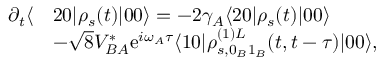
\begin{array} { r l } { \partial _ { t } \langle } & { 2 0 | \rho _ { s } ( t ) | 0 0 \rangle = - 2 \gamma _ { A } \langle 2 0 | \rho _ { s } ( t ) | 0 0 \rangle } \\ & { - \sqrt { 8 } V _ { B A } ^ { * } \mathrm { e } ^ { i \omega _ { A } \tau } \langle 1 0 | \rho _ { s , 0 _ { B } 1 _ { B } } ^ { ( 1 ) L } ( t , t - \tau ) | 0 0 \rangle , } \end{array}